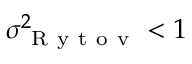
\sigma _ { \mathrm { ~ R ~ y ~ t ~ o ~ v ~ } } ^ { 2 } < 1